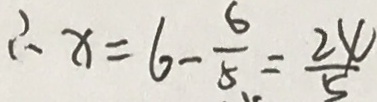
\therefore x = 6 - \frac { 6 } { 5 } = \frac { 2 4 } { 5 }